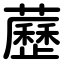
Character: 藶